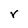
Character: r